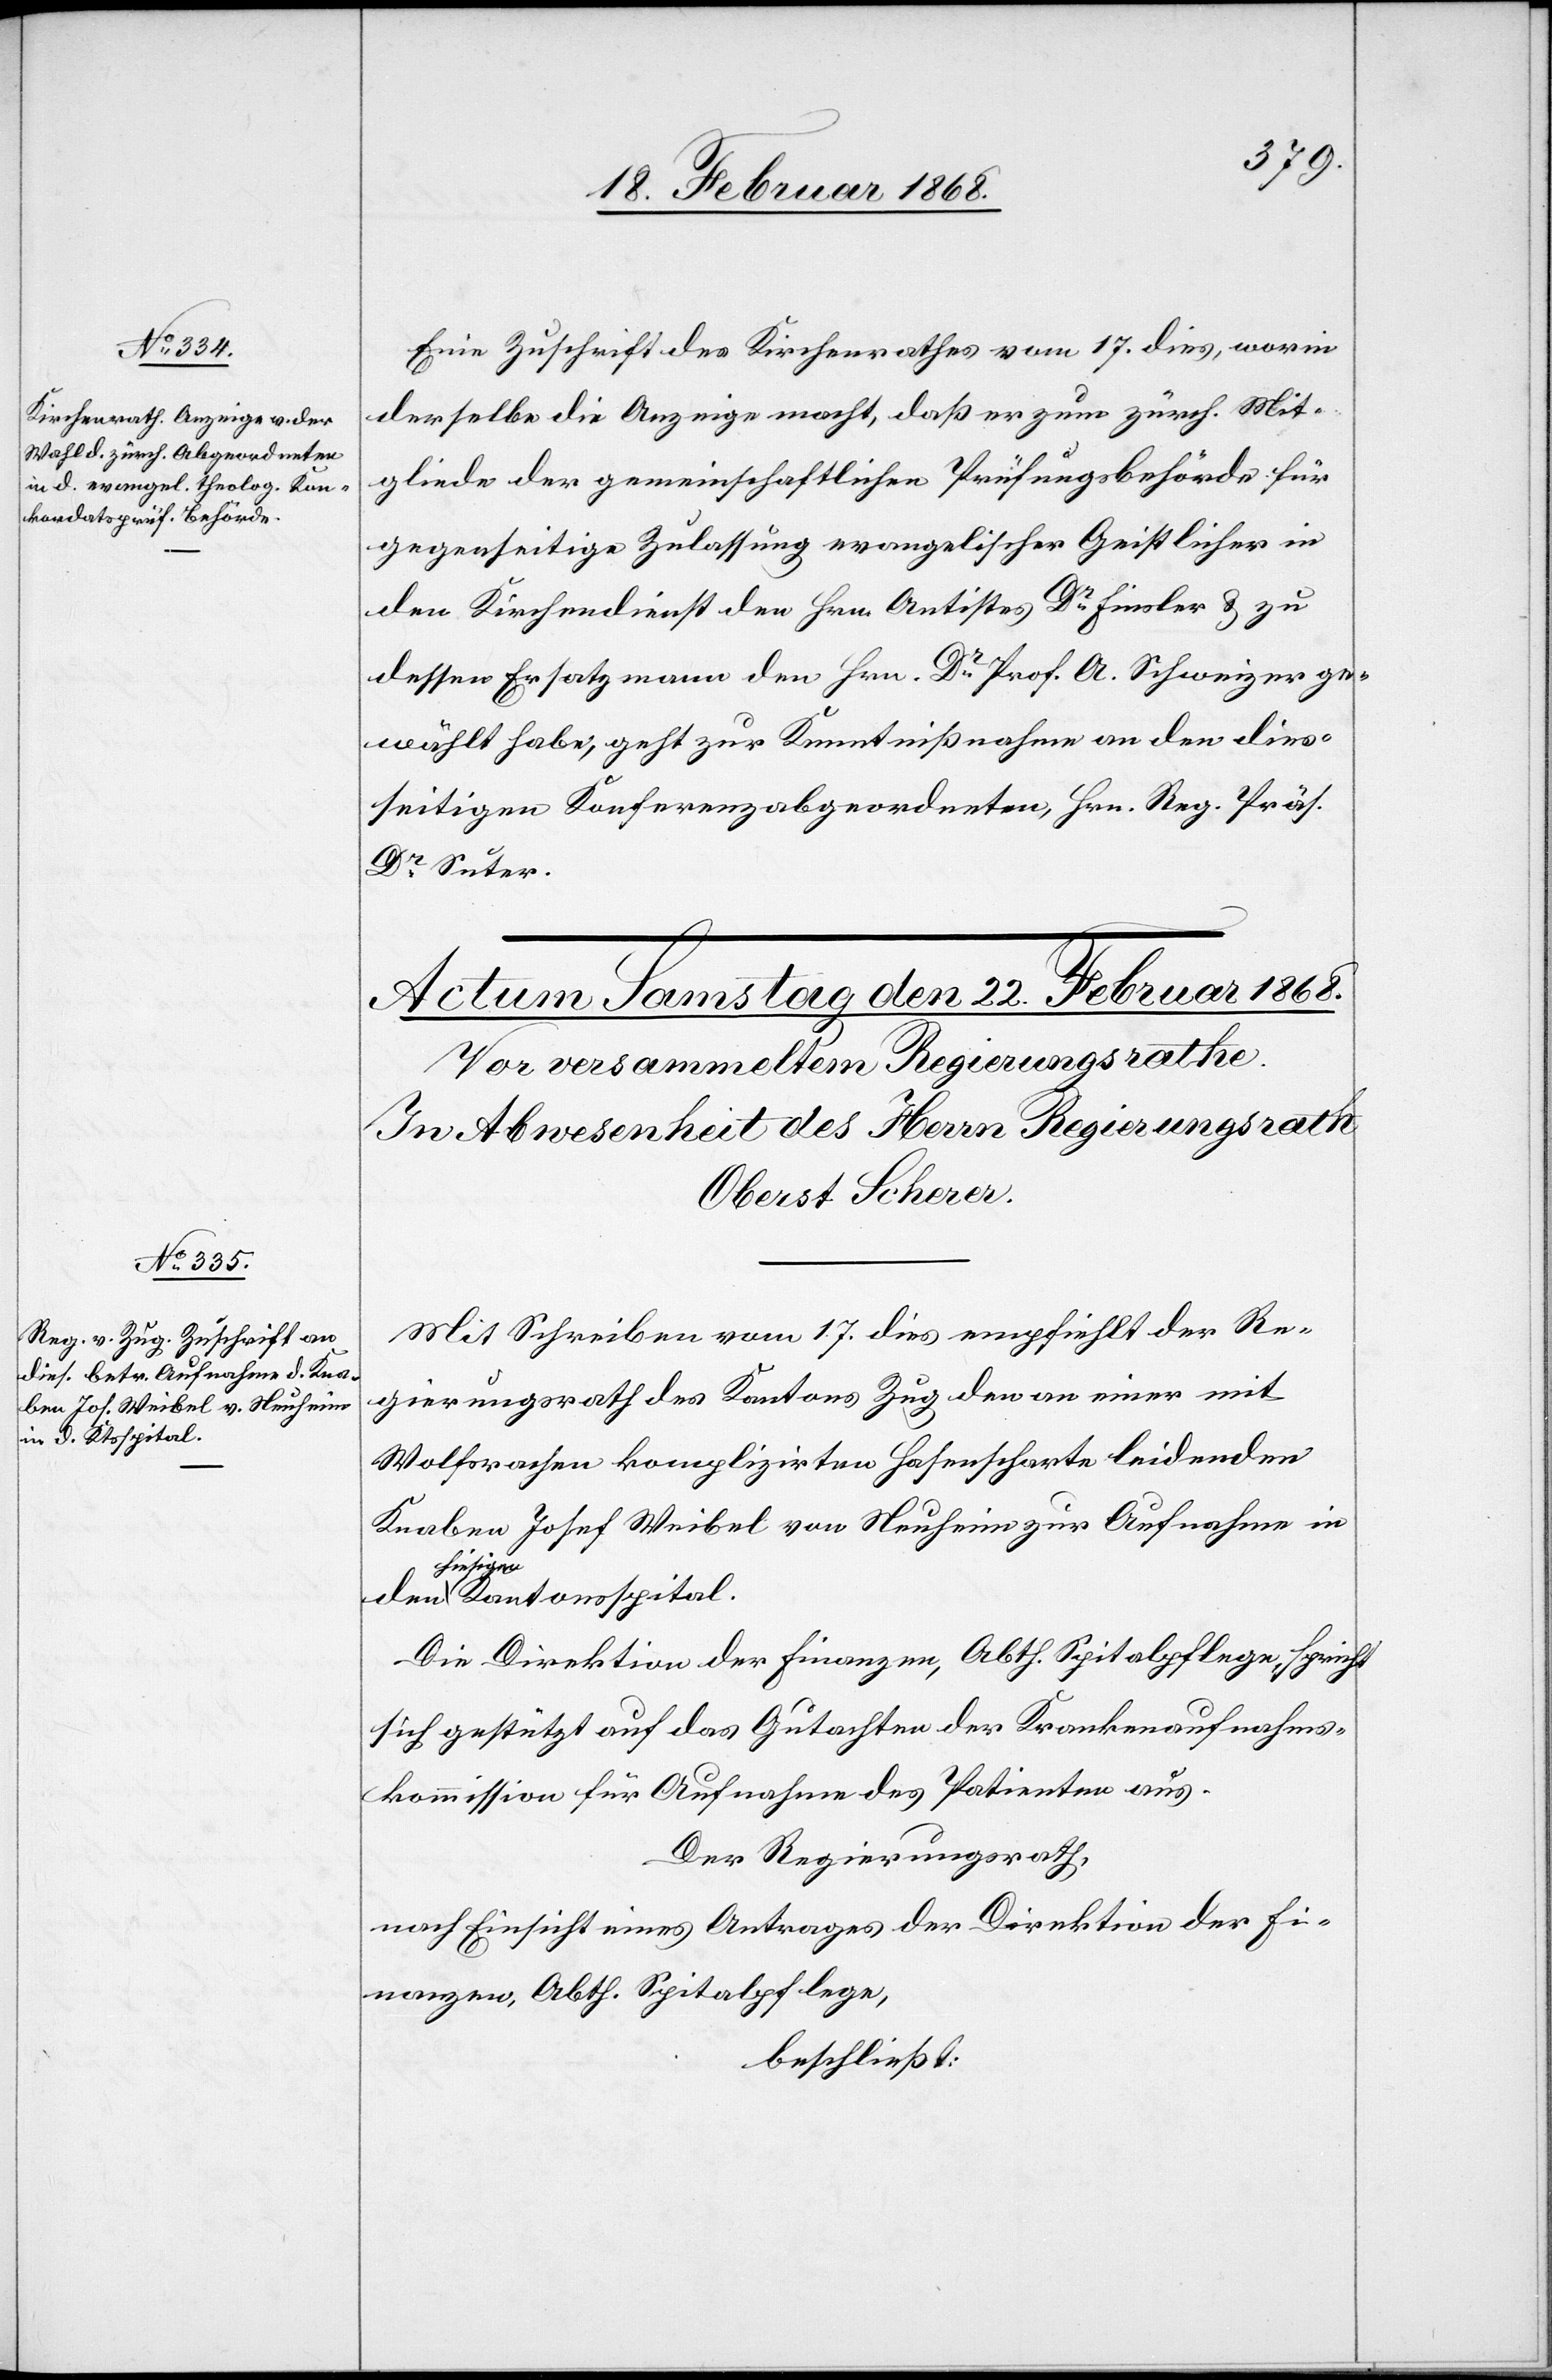
20. Februar 1868.]
Eine Zuschrift des Kirchenrathes vom 17. dies, worin
derselbe die Anzeige macht, daß er zum zürch. Mit¬
gliede der gemeinschaftlichen Prüfungsbehörde für
gegenseitige Zulassung evangelischer Geistlicher in
den Kirchendienst den Hrn. Antistes Dr. Finsler & zu
dessen Ersatzmann den Hrn. Dr. Prof. A. Schweizer ge¬
wählt habe, geht zur Kenntnißnahme an den dies¬
seitigen Konferenzabgeordneten, Hrn. Reg. Präs.
Dr. Suter.
Mit Schreiben vom 17. dies empfiehlt der Re¬
gierungsrath des Kantons Zug den an einer mit
Wolfsrachen komplizirten Hasenscharte leidenden
Knaben Josef Weibel von Neuheim zur Aufnahme in
den hiesi¬
gen Kantonsspital.
Die Direktion der Finanzen, Abth. Spitalpflege, spricht
sich gestützt auf das Gutachten der Krankenaufnahms¬
kommission für Aufnahme des Patienten aus.
Der Regierungsrath,
nach Einsicht eines Antrages der Direktion der Fi¬
nanzen, Abth. Spitalpflege,
beschließt: